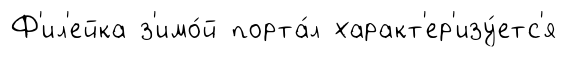
Ф'ил'ейка з'имо́й порта́л характ'ер'изу́етс'я